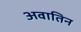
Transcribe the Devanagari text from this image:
अवातिन